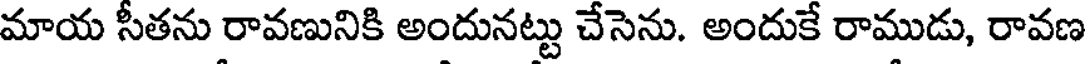
మాయ సీతను రావణునికి అందునట్టు చేసెను. అందుకే రాముడు, రావణ